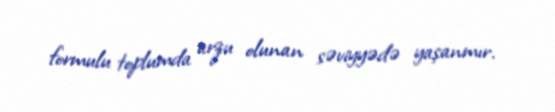
formulu toplumda arzu olunan səviyyədə yaşanmır.